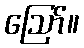
ဪ။